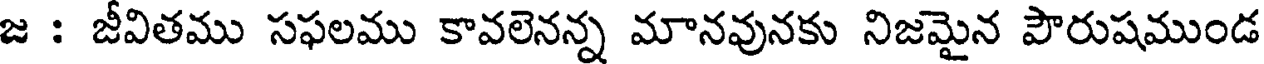
జ : జీవితము సఫలము కావలెనన్న మానవునకు నిజమైన పౌరుషముండ